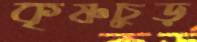
কৃষ্ণচুড়